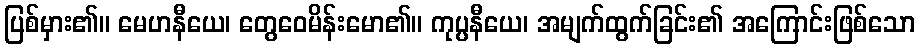
ပြစ်မှား၏။ မေဟနီယေ၊ တွေဝေမိန်းမော၏။ ကုပ္ပနီယေ၊ အမျက်ထွက်ခြင်း၏ အကြောင်းဖြစ်သော